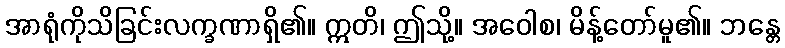
အာရုံကိုသိခြင်းလက္ခဏာရှိ၏။ ဣတိ၊ ဤသို့။ အဝေါစ၊ မိန့်တော်မူ၏။ ဘန္တေ